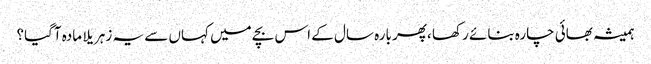
ہمیشہ بھائی چارہ بنائے رکھا ،پھر بارہ سال کے اس بچے میں کہاں سے یہ زہریلا مادہ آگیا؟